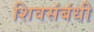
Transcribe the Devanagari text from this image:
शिवसंबंधी